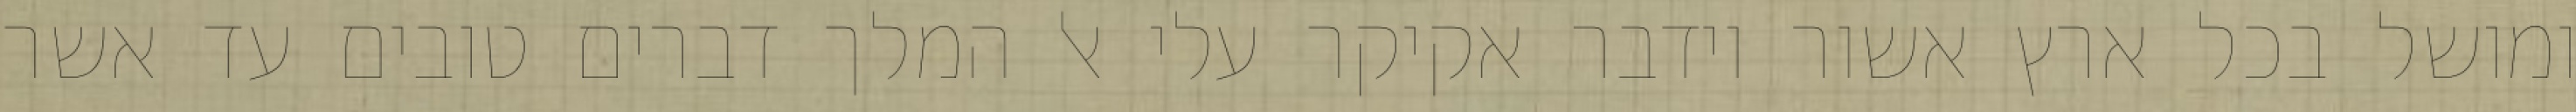
ומושל בכל ארץ אשור וידבר אקיקר עלי אל המלך דברים טובים עד אשר